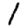
Digit: 1